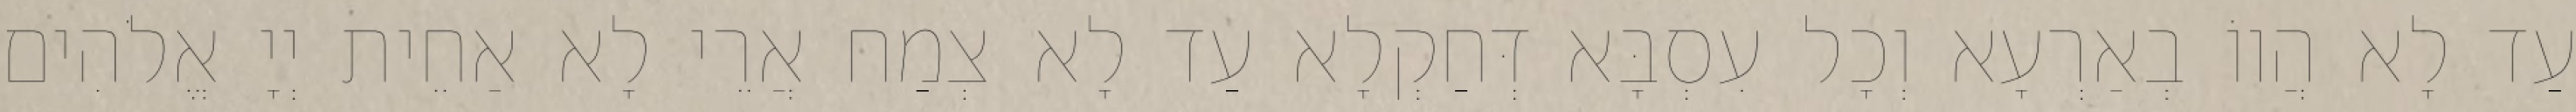
עַד לָא הֲווֹ בְאַרְעָא וְכָל עִסְבָּא דְּחַקְלָא עַד לָא צְמַח אֲרֵי לָא אַחֵית יְיָ אֱלֹהִים